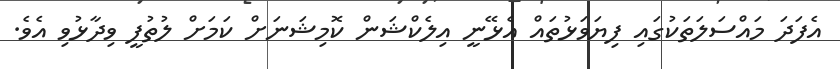
އެފަދަ މައްސަލަތަކުގައި ފިޔަވަޅުތައް އެޅޭނީ އިލެކްޝަން ކޮމިޝަނަށް ކަމަށް ލުތުފީ ވިދާޅުވި އެވެ.